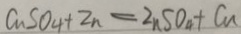
C u S O _ { 4 } + Z n = Z n S O _ { 4 } + C u